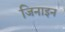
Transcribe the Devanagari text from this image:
जिनाइन